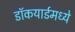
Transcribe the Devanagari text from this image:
डॉकयार्डमध्ये